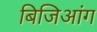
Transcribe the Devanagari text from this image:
बिजिआंग